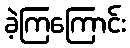
ခဲ့ကြကြောင်း